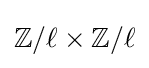
\mathbb {Z} /\ell \times \mathbb {Z} /\ell